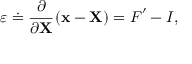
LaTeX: { \boldsymbol { \varepsilon } } \doteq { \cfrac { \partial } { \partial \mathbf { X } } } \left( \mathbf { x } - \mathbf { X } \right) = { \boldsymbol { F } } ^ { \prime } - { \boldsymbol { I } } ,